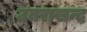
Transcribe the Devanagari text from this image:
उतराखन्द